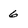
Character: 6